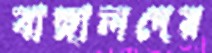
বাঙ্গালদের